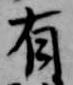
有